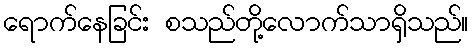
ရောက်နေခြင်း စသည်တို့လောက်သာရှိသည်။